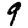
Digit: 9